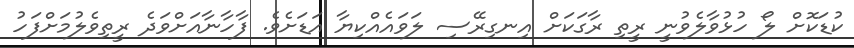
ކުޑަކޮށް ލޯ ހުޅުވާލެވުނީ ރީތި ރާގަކަށް އިނގިރޭސި ލަވައެއްކިޔާ އަޑަށެވެ. ފާހާނާއަށްވަދެ ރީތިވެލުމަށްފަހު